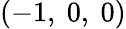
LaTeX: \left(-1,\ 0,\ 0\right)